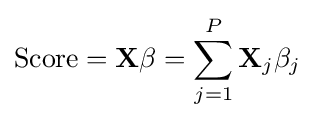
{\begin{aligned}{\text{Score}}=\mathbf {X} \beta =\sum _{j=1}^{P}\mathbf {X} _{j}\beta _{j}\end{aligned}}